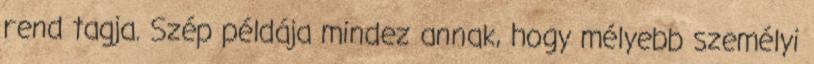
rend tagja. Szép példája mindez annak, hogy mélyebb személyi